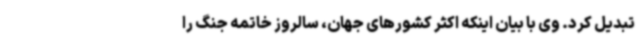
تبدیل کرد. وی با بیان اینکه اکثر کشورهای جهان، سالروز خاتمه جنگ را